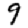
Digit: 9